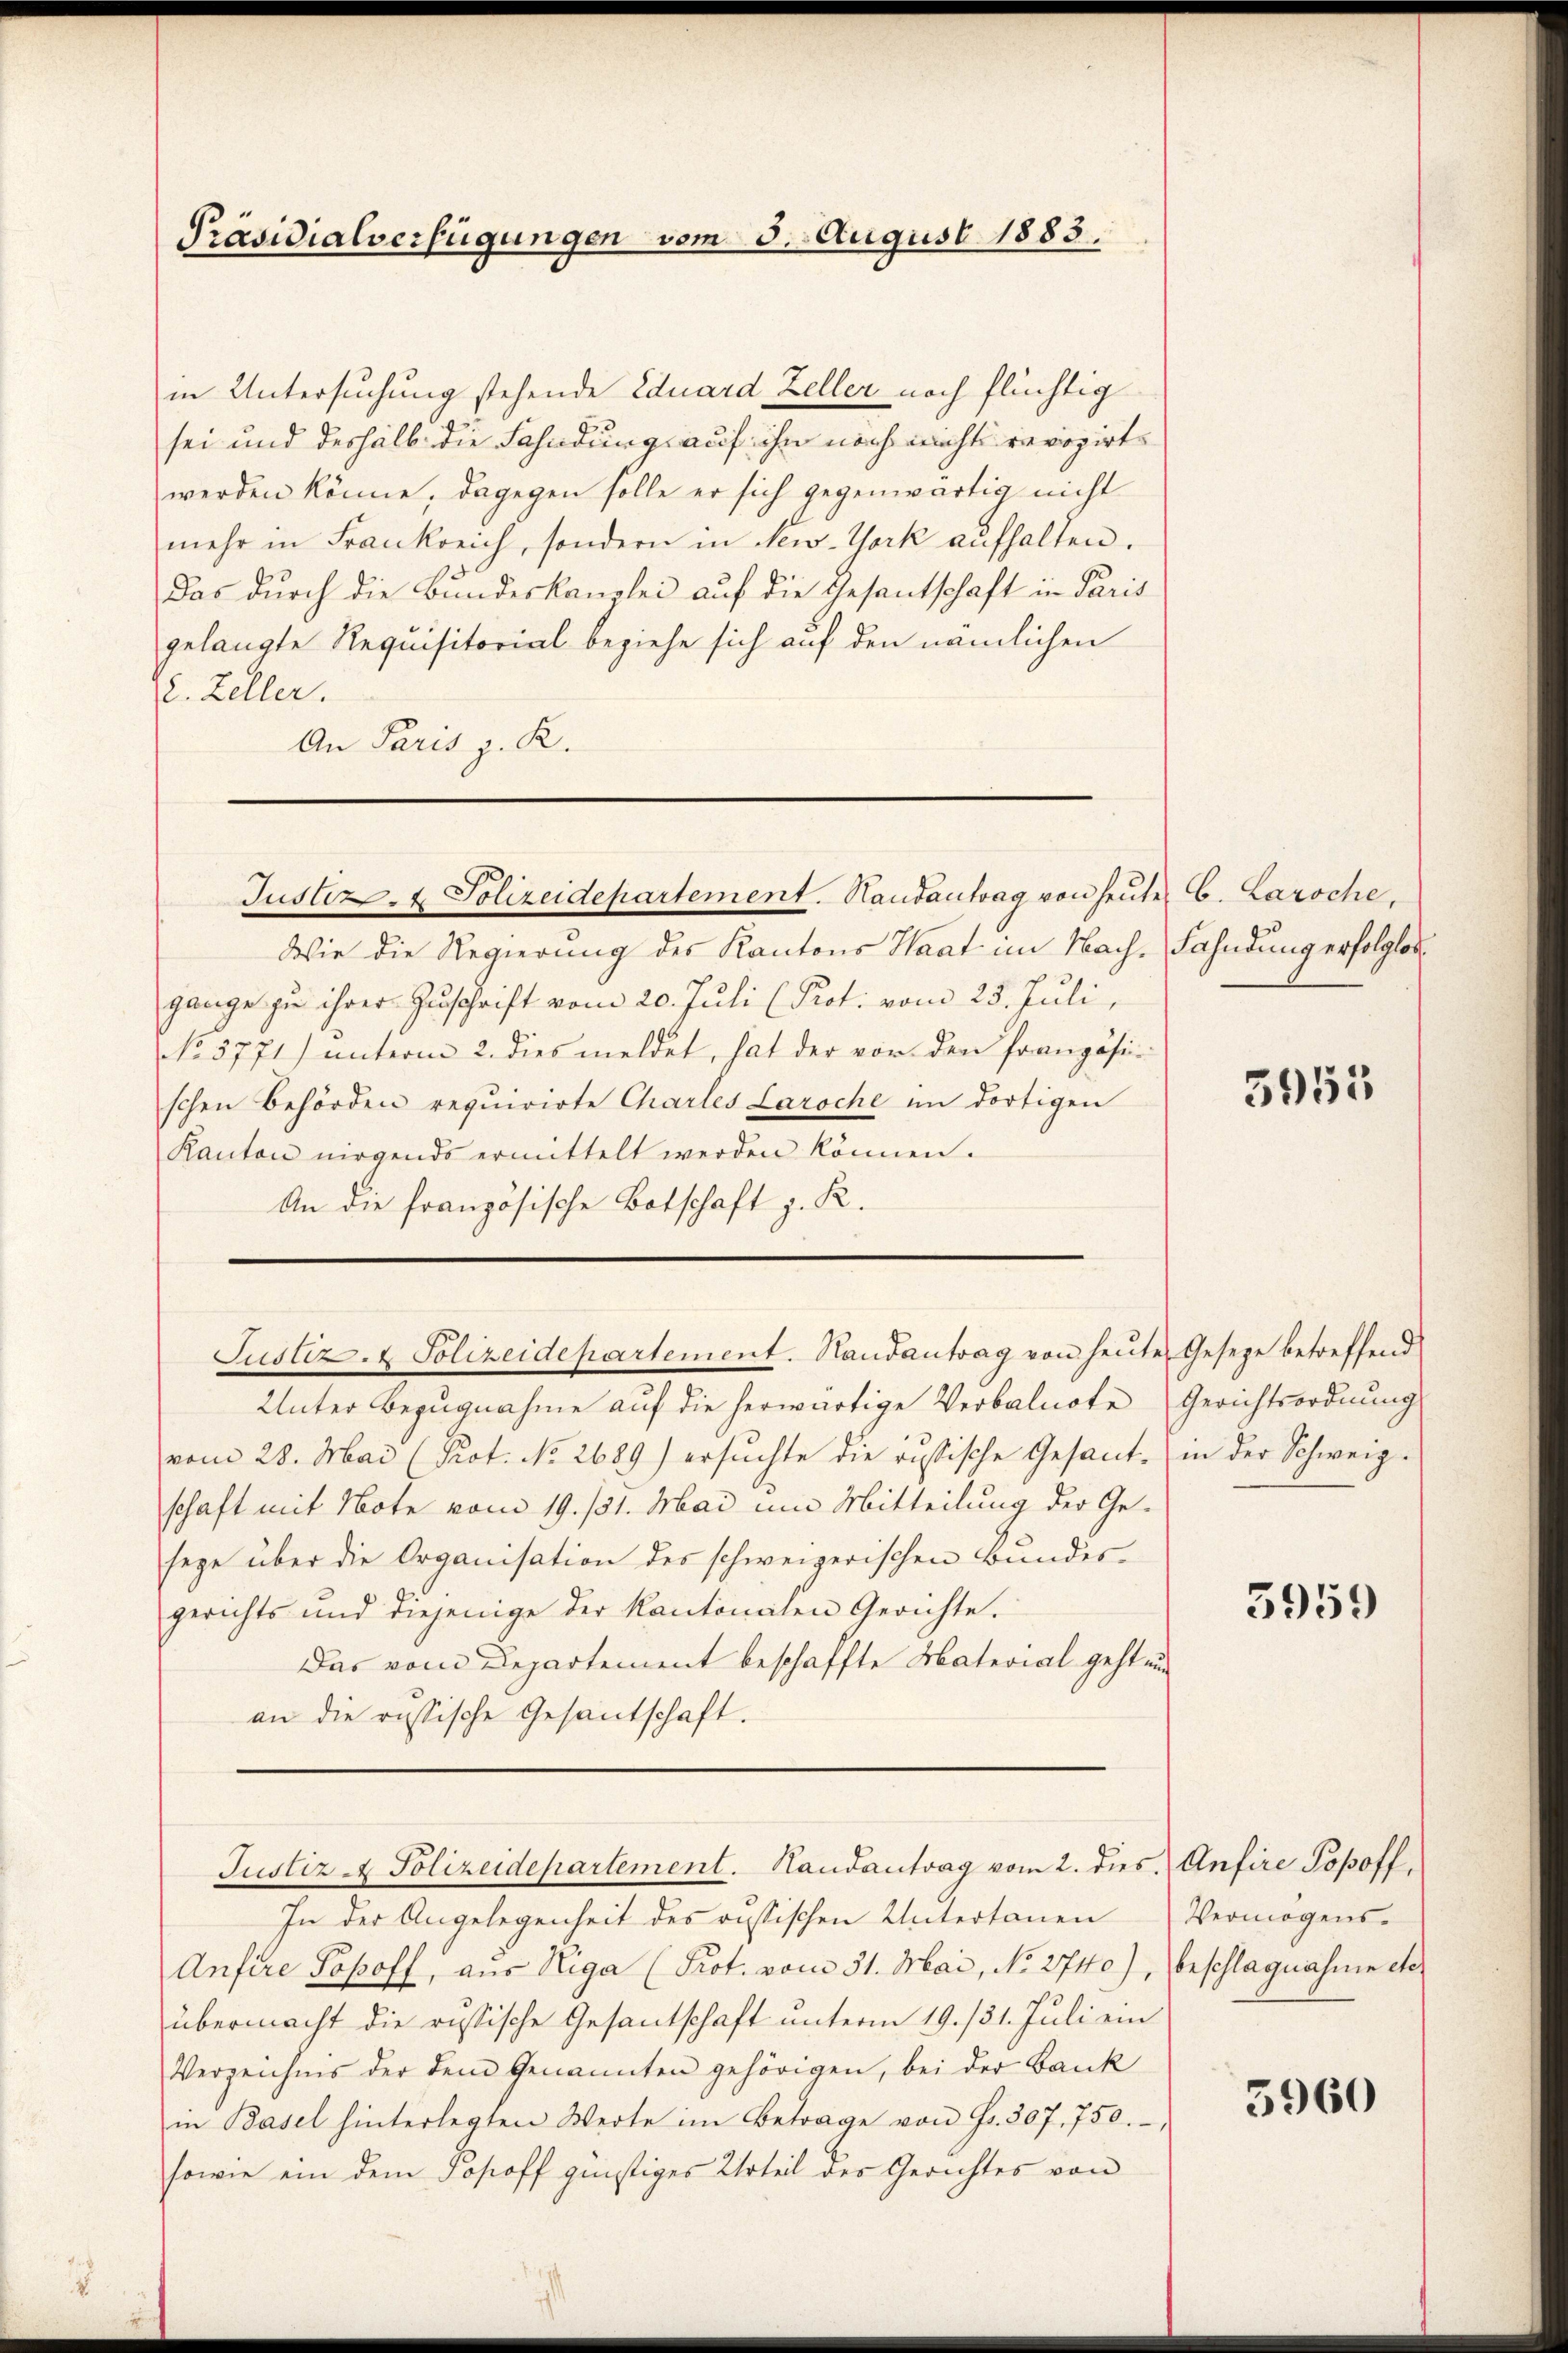
Präsidialverfügungen vom 5. August 1883.

in Untersuchung stehende Eduard Zeller noch flüchtig
sei und deshalb die Fahndung auf ihn noch nicht revozirte
werden könne, dagegen solle er sich gegenwärtig nicht
mehr in Frankreich, sondern in New-York aufhalten.
Das durch die Bundeskanzlei auf die Gesantschaft in Paris
gelangte Requisitorial beziehe sich auf den nämlichen
2. Zeller.
An Paris z. R.

Justiz- & Polizeidepartement. Handantrag von heuter C. Laroche,

Wie die Regierung des Kantons Haat im Nach- Fahndung erfolglosgange zu ihrer Zuschrift vom 20. Juli (Prot. vom 25. Juli,
NNo. 3771) unterm 2. dies meldet, hat der vor den französischen Behörden requirirte Chartes Laroche im dortigen
Kanton nirgends ermittelt werden können.
An die französische Botschaft z. R.

Justiz- & Polizeidepartement. Handantrag von heute Geseze betreffend

Justiz & Polizeidepartement. Handantrag vom 2. dies Anfire Popoff.

Unter Bezugnahme auf die herwärtige Verbalnote Gerichtsordnung
vom 28. Mai (Prot. No. 2689) ersuchte die russische Gesant- in der Schweiz.
schaft mit Note vom 19. 131. Mai um Mitteilung der Ge-
sege über die Organisation des schweizerischen Bundesgerichts und diejenige der Kantonalen Gerichte.
Das vom Departement beschaffte Material geht au
an die russische Gesantschaft.

In der Angelegenheit des russischen Untertanen
Anfere Popoff, aus Riga (Prot. vom 31. Mai, No. 2740),
übermacht die russische Gesantschaft unterm 19. 131. Juli ein
Verzeichnis der dem Genannten gehörigen, bei der Bank
in Basel hinterlegten Werte im Betrage von Fr. 307. 750.
sowie ein dem Popoff günstiges Urteil der Gerichtes von

5952

3959

Vermögens.
beschlagnahme etc.

5960